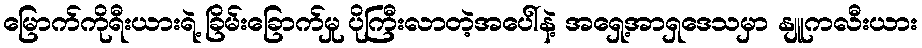
မြောက်ကိုရီးယားရဲ့ ခြိမ်းခြောက်မှု ပိုကြီးလာတဲ့အပေါ်နဲ့ အရှေ့အာရှဒေသမှာ နျူကလီးယား